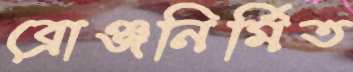
ব্রোঞ্জনির্মিত